Tartu_pedagoogiumi_aruanded, lk 14
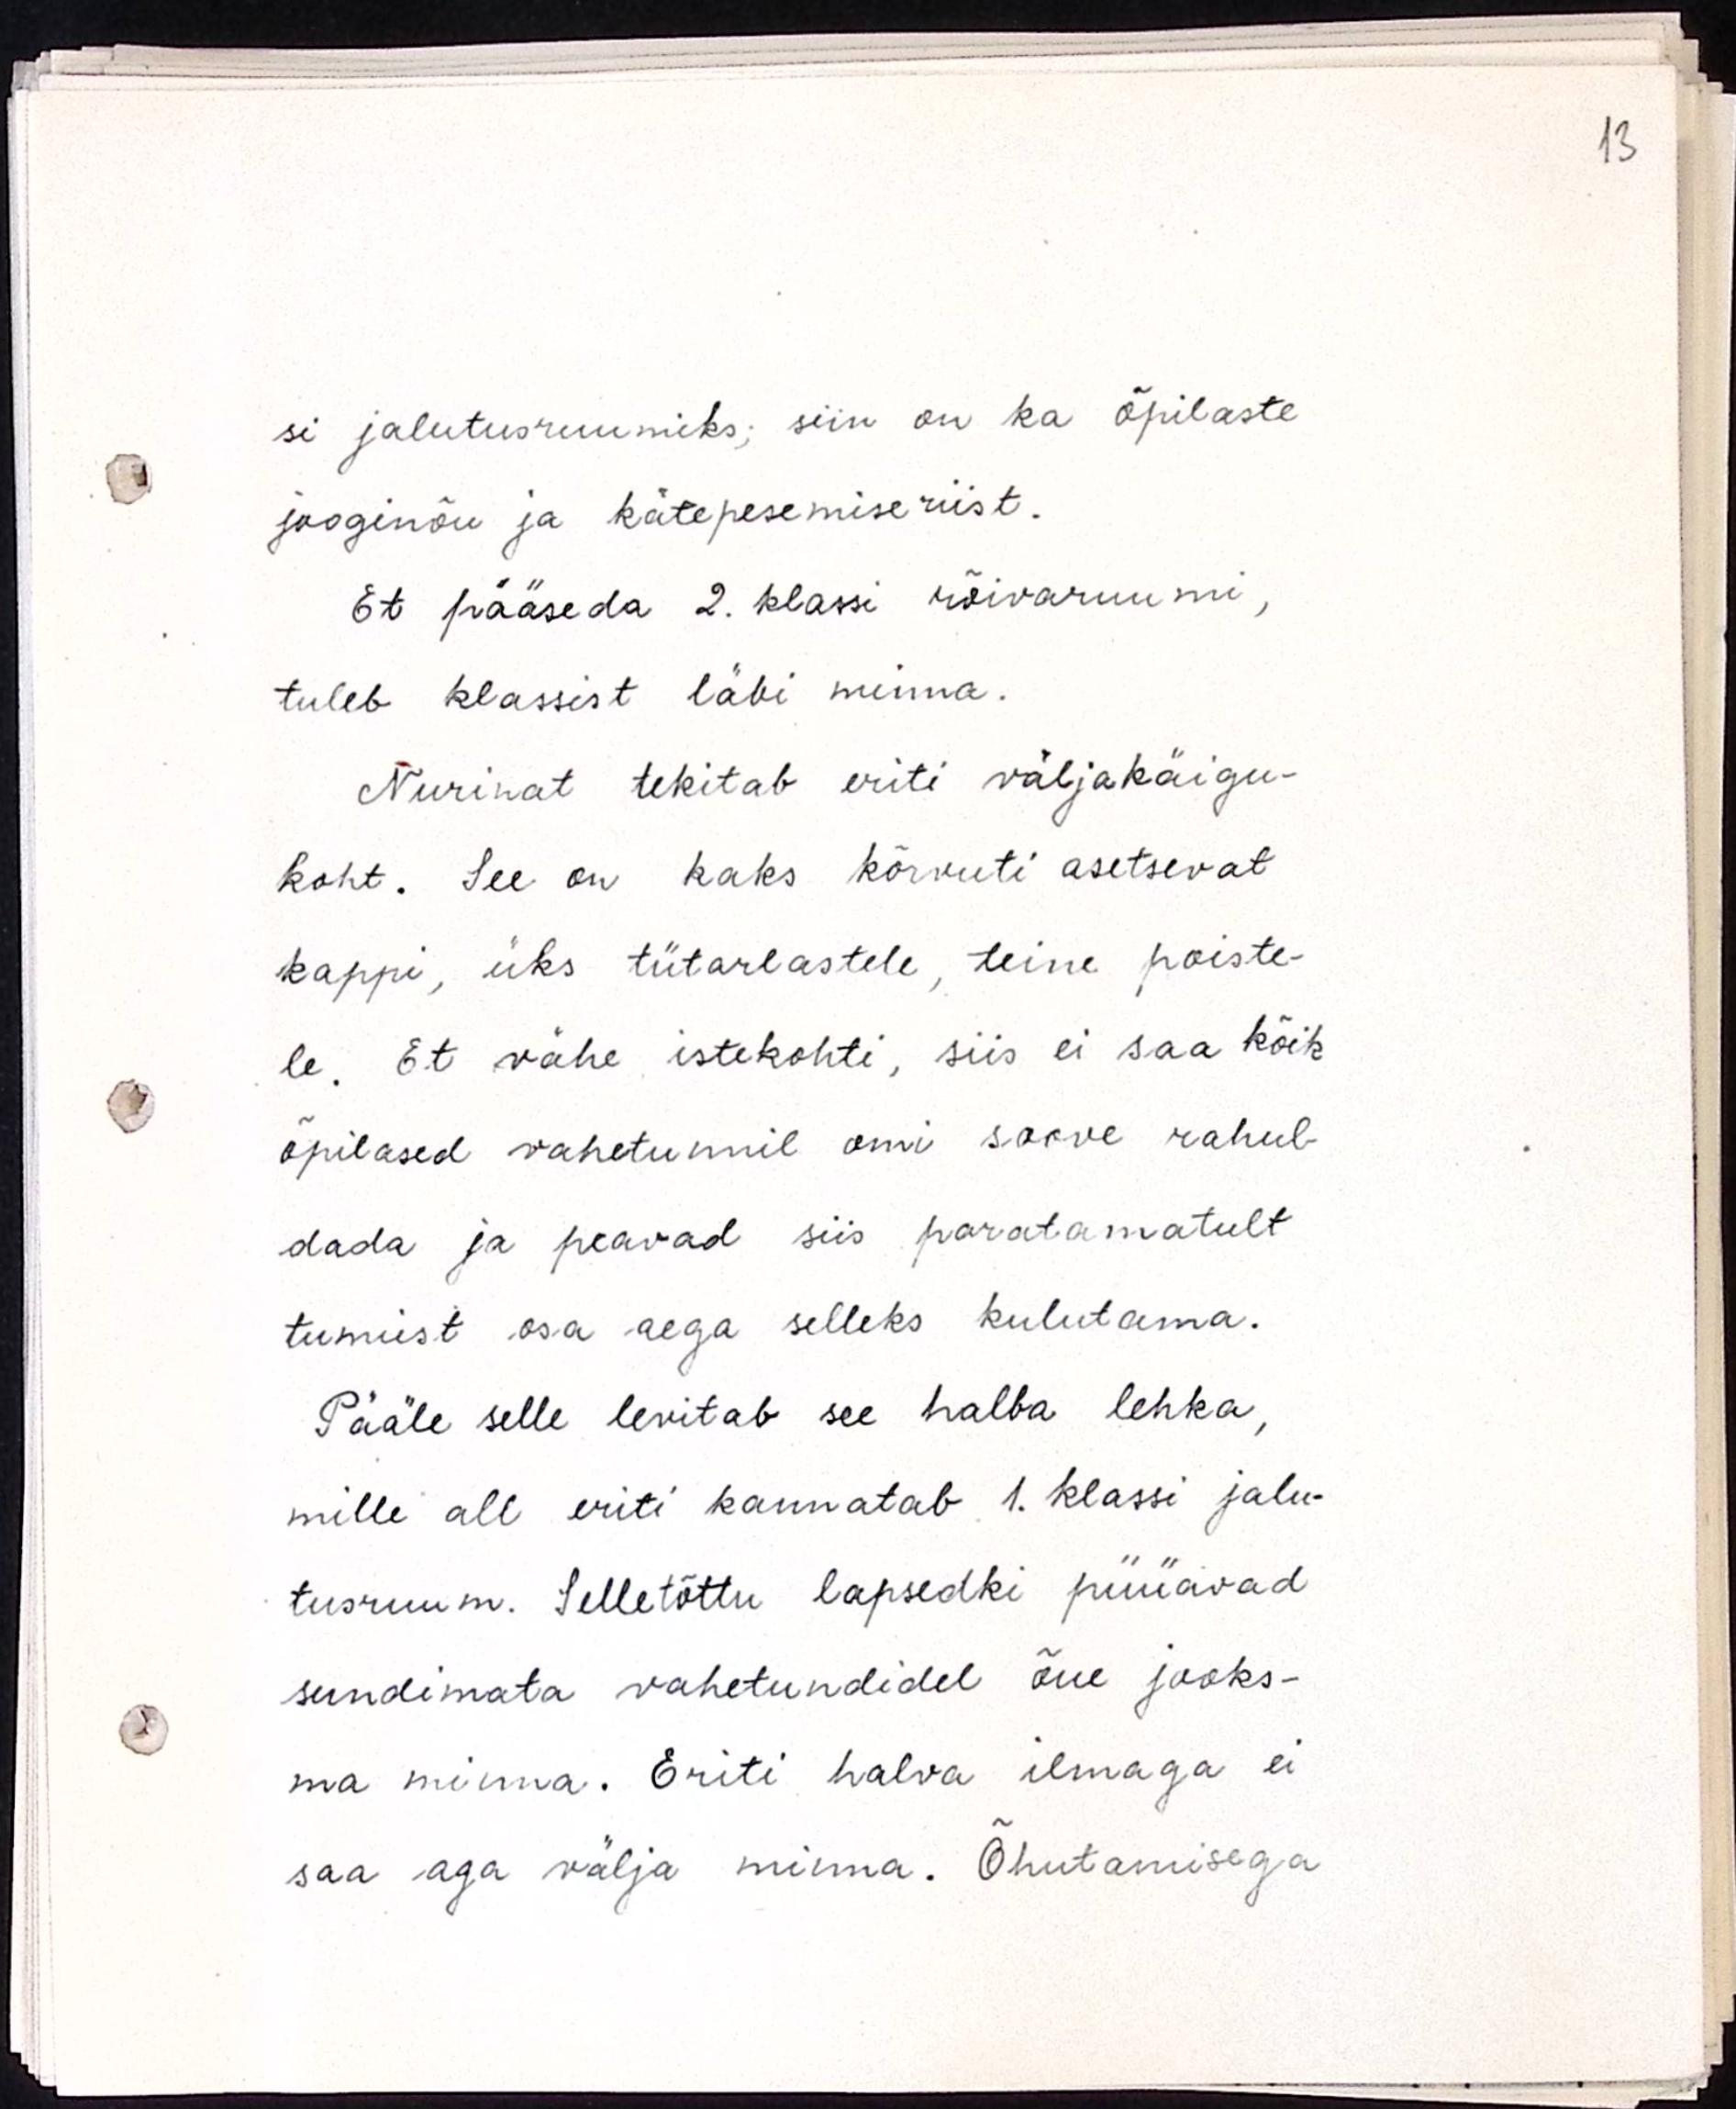
si jalutusruumiks, siin on ka õpilaste
jooginõu ja kätepesemiseriist.
Et pääseda 2. klassi rõivaruumi,
tuleb klassist läbi minna.
Nurinat tekitab eriti väljakäigu-
koht. See on kaks kõrvuti asetsevat
kappi, üks tütarlastele, teine poiste-
le. Et vähe istekohti, siis ei saa kõik
õpilased vahetunnil omi soove rahul-
dada ja peavad siis paratamatult
tunnist osa aega selleks kulutama.
Pääle selle levitab see halba lehka,
mille all eriti kannatab 1. klassi jalu-
tusruum. Selletõttu lapsedki püüavad
sundimata vahetundidel õue jooks-
ma minna. Eriti halva ilmaga ei
saa aga välja minna. Õhutamisega